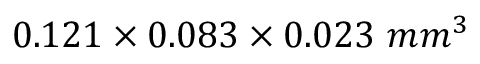
0 . 1 2 1 \times 0 . 0 8 3 \times 0 . 0 2 3 ~ m m ^ { 3 }